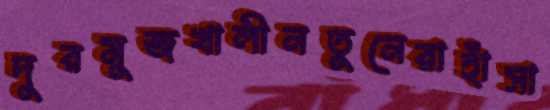
দুরমুজখালীনতুনেরাহাঁসা